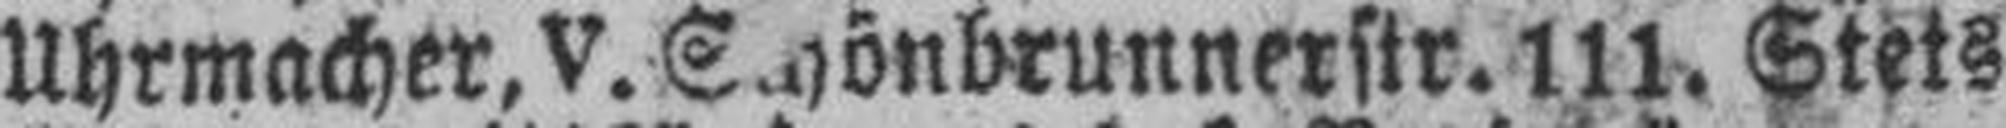
Uhrmacher, V. Schönbrunnerstr. 111. Steis